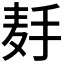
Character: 𱋉